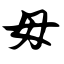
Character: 毋